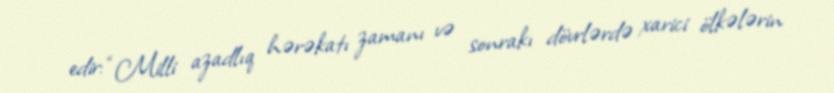
edir: “Milli azadlıq hərəkatı zamanı və sonrakı dövrlərdə xarici ölkələrin